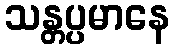
သန္တပ္ပမာနေ